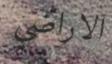
الاراضي